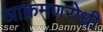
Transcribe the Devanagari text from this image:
आक्रमणरोधी